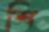
শি